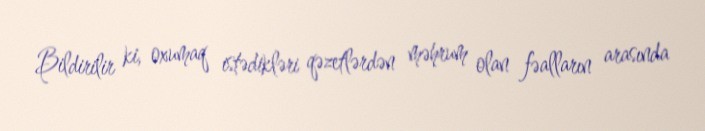
Bildirilir ki, oxumaq istədikləri qəzetlərdən məhrum olan fəalların arasında